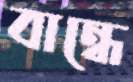
বান্ধে